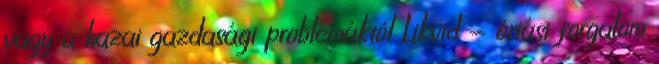
vagy a hazai gazdasági problémáktól Likvid - óriási forgalom